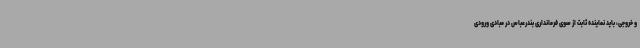
و خروجی، باید نماینده ثابت از سوی فرمانداری بندرعباس در مبادی ورودی